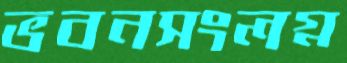
ভবনসংলগ্ন